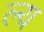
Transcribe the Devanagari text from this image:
ल्य